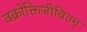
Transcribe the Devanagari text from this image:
वक्रोक्तिजीवितम्